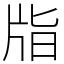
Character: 㸟